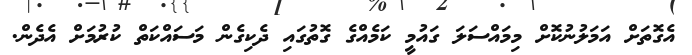
އެގޮތަށް އަމަލުނުކޮށް މިމައްސަލަ ގައުމީ ކަމެއްގެ ގޮތުގައި ދެކިގެން މަސައްކަތް ކުރުމަށް އެދެން.